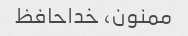
ممنون، خداحافظ